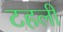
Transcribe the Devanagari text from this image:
टहली